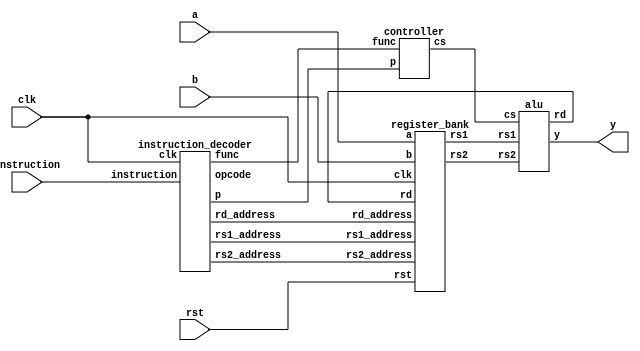
// processor
`timescale 1ns/1ps
module processor(a,b,instruction,clk,rst,y);
    input [31:0] a,b;
    input [31:0] instruction;
    input clk, rst;
    wire [31:0] rs1, rs2;
    output [31:0] y;
    wire [31:0] rd;
    wire [4:0] rs1_address, rs2_address, rd_address;
    wire [6:0] opcode, p;
    wire [2:0] func;
    wire [3:0] cs;

    instruction_decoder id(instruction,opcode,clk,p,func,rs1_address,rs2_address,rd_address);
    register_bank rg(a,b,rs1_address,rs2_address,rd_address,rd,rs1,rs2,rst,clk);
    controller cn(p,func,cs);
    alu ar(rs1,rs2,cs,rd,y);
endmodule

//instruction decoder
`timescale 1ns/1ps
module instruction_decoder(instruction,opcode,clk,p,func,rs1_address,rs2_address,rd_address);
    input [31:0] instruction;
    input clk;
    output reg [6:0] opcode, p;
    output reg [2:0] func;
    output reg [4:0] rs1_address, rs2_address, rd_address;


    always@(instruction) begin
        opcode = instruction[6:0];
        p = instruction[31:25];
        func = instruction[14:12];
        rs1_address = instruction[19:15];
        rs2_address = instruction[24:20];
        rd_address = instruction[11:7];
    end
endmodule

//register bank
`timescale 1ns/1ps
module register_bank (a,b,rs1_address,rs2_address,rd_address,rd,rs1,rs2,rst,clk);
    input [31:0] a,b,rd;
    input [4:0] rs1_address,rs2_address,rd_address;
    input rst,clk;
    integer k;
    output reg [31:0] rs1,rs2;
    reg [31:0] rb [0:31];

    always@(posedge clk) begin
        if(rst==1) begin
            for(k=0;k<32;k=k+1)
                rb[k]=0;
        end
        else begin
            rb[rs1_address]=a;
            rb[rs2_address]=b;
            rs1=rb[rs1_address];
            rs2=rb[rs2_address];
            rb[rd_address]=rd;
        end
    end
endmodule

//controller
`timescale 1ns/1ps
module controller(p,func,cs);
    input [2:0] func;
    input [6:0] p;
    output reg [3:0] cs;

    always@(func,p) begin
        cs = {p[5],func};
    end
endmodule


//alu
`timescale 1ns/1ps
module alu(rs1,rs2,cs,rd,y);
    input [3:0] cs;
    output reg [31:0] y;
    input [31:0] rs1, rs2;
    output reg [31:0] rd;
    // For signed arithmetic
    wire signed [31:0] sA = rs1;
    wire signed [31:0] sB = rs2;

    parameter
      ADD = 4'b0000,
      SUB = 4'b1000,
      SLL = 4'b0001,
      SLT = 4'b0010,
      SLTU = 4'b0011,
      XOR = 4'b0100,
      SRL = 4'b0101,
      SRA = 4'b1101,
      OR = 4'b0110,
      AND = 4'b0111;

    always@(cs,rs1,rs2) begin
    case(cs)

        ADD: begin
            rd = rs1+rs2;
            y=rd;
        end

        SUB: begin
            rd = rs1-rs2;
            y=rd;
        end

        SLL:begin
            rd = rs1 << rs2[4:0];
            y=rd;
        end

        SLT: begin
            rd = {31'd0,(sA < sB)};
            y=rd;
        end

        SLTU: begin
            rd = {31'd0,(rs1 < rs2)};
            y=rd;
        end

        XOR: begin
            rd = rs1 ^ rs2;
            y=rd;
        end

        SRL: begin
            rd = rs1 >> rs2[4:0];
            y=rd;
        end

        SRA: begin
            rd = sA >>> rs2[4:0];
            y=rd;
        end

        OR: begin
            rd = rs1 | rs2;
            y=rd;
        end

        AND: begin
            rd = rs1 & rs2;
            y=rd;
        end

        default: begin
            rd = 0; y=rd;
        end

    endcase
    end

endmodule